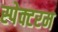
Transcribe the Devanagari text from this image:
स्पेक्टरम